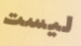
ليست